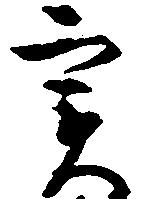
実